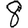
Digit: 8